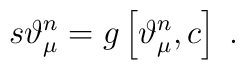
s\vartheta _\mu ^n=g\left[ \vartheta _\mu ^n,c\right] \;.